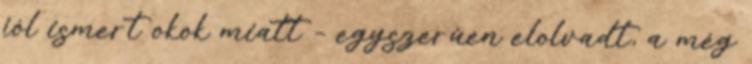
jól ismert okok miatt – egyszerûen elolvadt, a még